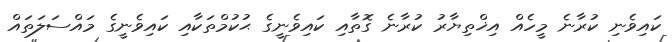
ކައިވެނި ކުރާނެ މީހެއް އިޚްތިޔާރު ކުރާނެ ގޮތާއި ކައިވެނީގެ ޙުކުމްތަކާއި ކައިވެނީގެ މައްސަލަތައް